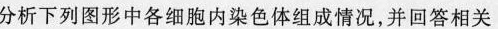
分析下列图形中各细胞内染色体组成情况，并回答相关